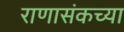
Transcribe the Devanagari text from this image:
राणासंकच्या